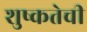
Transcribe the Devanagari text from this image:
शुष्कतेची